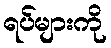
ရပ်များကို